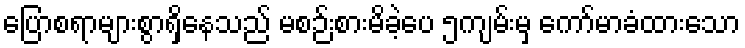
ပြောစရာများစွာရှိနေသည် မစဉ်းစားမိခဲ့ပေ ၅ကျမ်းမှ ကော်မာခံထားသော